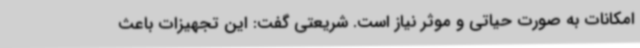
امکانات به صورت حیاتی و موثر نیاز است. شریعتی گفت: این تجهیزات باعث